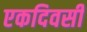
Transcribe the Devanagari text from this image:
एकदिवसी